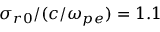
\sigma _ { r 0 } / ( c / \omega _ { p e } ) = 1 . 1